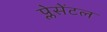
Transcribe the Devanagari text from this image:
प्लेसेंटल